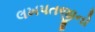
લખપતજીનો